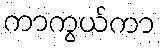
ကာကွယ်ကာ